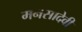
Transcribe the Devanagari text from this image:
मनसादेवी